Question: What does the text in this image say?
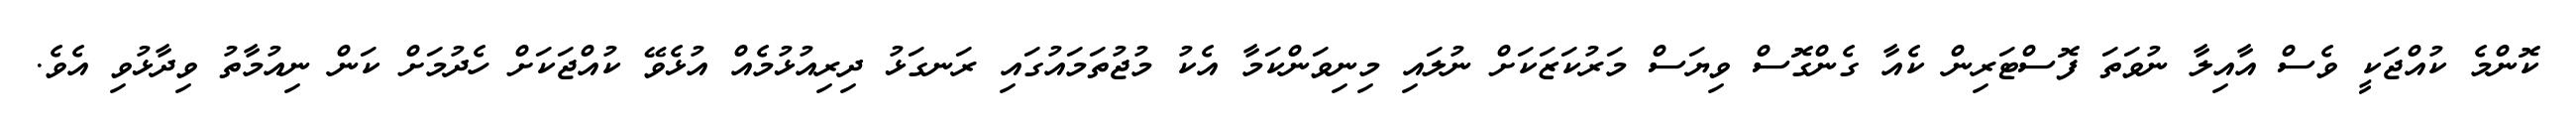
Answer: ކޮންމެ ކުއްޖަކީ ވެސް އާއިލާ ނުވަތަ ފޮސްޓަރިން ކެއާ ގެންގޮސް ވިޔަސް މަރުކަޒަކަށް ނުލައި މިނިވަންކަމާ އެކު މުޖުތަމައުގައި ރަނގަޅު ދިރިއުޅުމެއް އުޅެވޭ ކުއްޖަކަށް ހެދުމަށް ކަން ނިއުމާތު ވިދާޅުވި އެވެ.